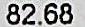
82.68